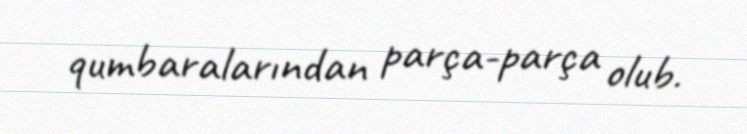
qumbaralarından parça-parça olub.